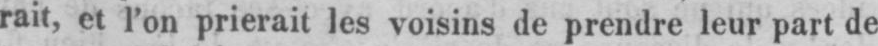
rait, et l’on prierait les voisins de prendre leur part de